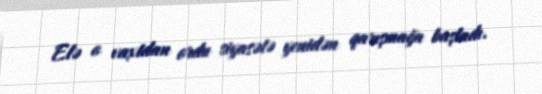
Elə o vaxtdan ordu siyasətə yenidən qarışmağa başladı.